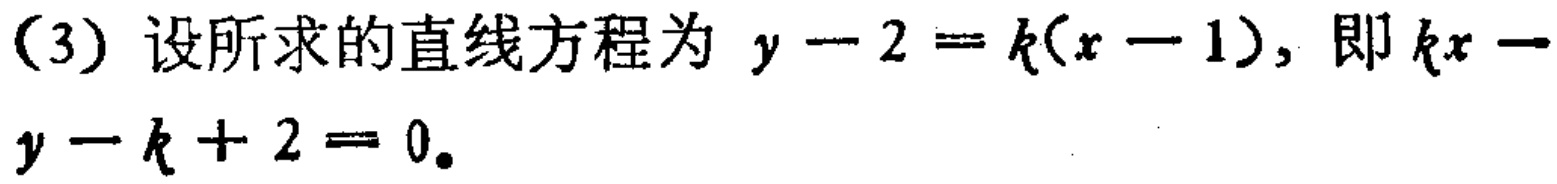
(3) 设所求的直线方程为 \(y - 2 = k(x - 1)\)，即 \(kx - y - k + 2 = 0\)。